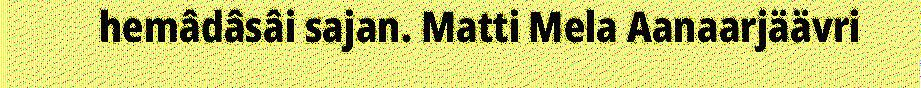
hemâdâsâi sajan. Matti Mela Aanaarjäävri